Annual statistical returns and brief notes on vaccination in Bengal - 1896-1909
Year: 1896
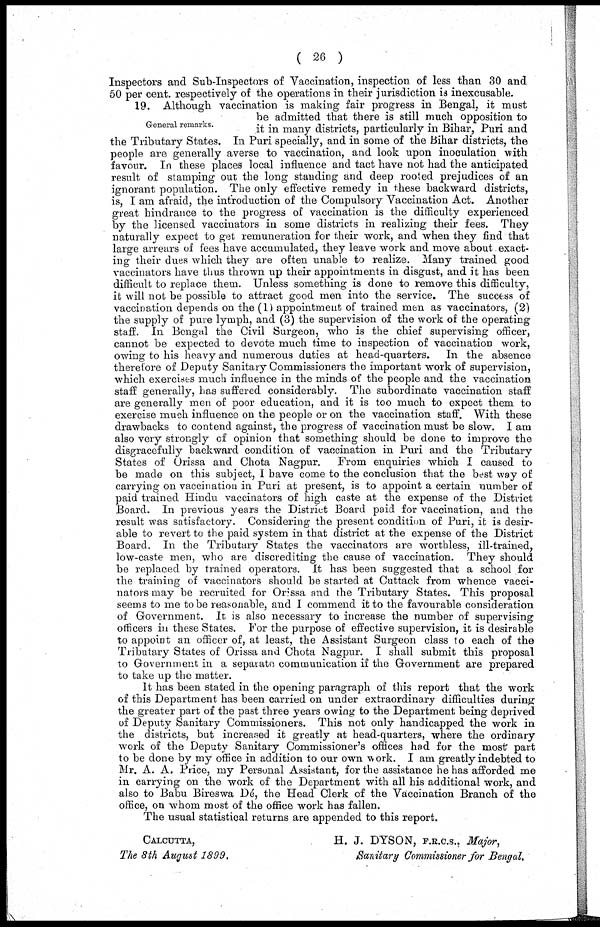
( 26 )
Inspectors and Sub-Inspectors of Vaccination, inspection of less than 30 and
50 per cent. respectively of the operations in their jurisdiction is inexcusable.
General remarks.
19. Although vaccination is making fair progress in Bengal, it must
be admitted that there is still much opposition to
it in many districts, particularly in Bihar, Puri and
the Tributary States. In Puri specially, and in some of the Bihar districts, the
people are generally averse to vaccination, and look upon inoculation with
favour. In these places local influence and tact have not had the anticipated
result of stamping out the long standing and deep rooted prejudices of an
ignorant population. The only effective remedy in these backward districts,
is, I am afraid, the introduction of the Compulsory Vaccination Act. Another
great hindrance to the progress of vaccination is the difficulty experienced
by the licensed vaccinators in some districts in realizing their fees. They
naturally expect to get remuneration for their work, and when they find that
large arrears of fees have accumulated, they leave work and move about exact-
ing their dues which they are often unable to realize. Many trained good
vaccinators have thus thrown up their appointments in disgust, and it has been
difficult to replace them. Unless something is done to remove this difficulty,
it will not be possible to attract good men into the service. The success of
vaccination depends on the (1) appointment of trained men as vaccinators, (2)
the supply of pure lymph, and (3) the supervision of the work of the operating
staff. In Bengal the Civil Surgeon, who is the chief supervising officer,
cannot be expected to devote much time to inspection of vaccination work,
owing to his heavy and numerous duties at head-quarters. In the absence
therefore of Deputy Sanitary Commissioners the important work of supervision,
which exercises much influence in the minds of the people and the vaccination
staff generally, has suffered considerably. The subordinate vaccination staff
are generally men of poor education, and it is too much to expect them to
exercise much influence on the people or on the vaccination staff. With these
drawbacks to contend against, the progress of vaccination must be slow. I am
also very strongly of opinion that something should be done to improve the
disgracefully backward condition of vaccination in Puri and the Tributary
States of Orissa and Chota Nagpur. From enquiries which I caused to
be made on this subject, I have come to the conclusion that the best way of
carrying on vaccination in Puri at present, is to appoint a certain number of
paid trained Hindu vaccinators of high caste at the expense of the District
Board. In previous years the District Board paid for vaccination, and the
result was satisfactory. Considering the present condition of Puri, it is desir-
able to revert to the paid system in that district at the expense of the District
Board. In the Tributary States the vaccinators are worthless, ill-trained,
low-caste men, who are discrediting the cause of vaccination. They should
be replaced by trained operators. It has been suggested that a school for
the training of vaccinators should be started at Cuttack from whence vacci-
nators may be recruited for Orissa and the Tributary States. This proposal
seems to me to be reasonable, and I commend it to the favourable consideration
of Government. It is also necessary to increase the number of supervising
officers in these States. For the purpose of effective supervision, it is desirable
to appoint an officer of, at least, the Assistant Surgeon class to each of the
Tributary States of Orissa and Chota Nagpur. I shall submit this proposal
to Government in a separate communication if the Government are prepared
to take up the matter.
It has been stated in the opening paragraph of this report that the work
of this Department has been carried on under extraordinary difficulties during
the greater part of the past three years owing to the Department being deprived
of Deputy Sanitary Commissioners. This not only handicapped the work in
the districts, but increased it greatly at head-quarters, where the ordinary
work of the Deputy Sanitary Commissioner's offices had for the most part
to be done by my office in addition to our own work. I am greatly indebted to
Mr. A. A. Price, my Personal Assistant, for the assistance he has afforded me
in carrying on the work of the Department with all his additional work, and
also to Babu Bireswa Dé, the Head Clerk of the Vaccination Branch of the
office, on whom most of the office work has fallen.
The usual statistical returns are appended to this report.
CALCUTTA,
The 8th August 1899.
H. J. DYSON, F.R.C.S., Major,
Sanitary Commissioner for Bengal.